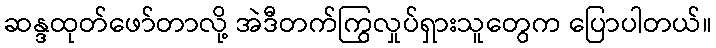
ဆန္ဒထုတ်ဖော်တာလို့ အဲဒီတက်ကြွလှုပ်ရှားသူတွေက ပြောပါတယ်။